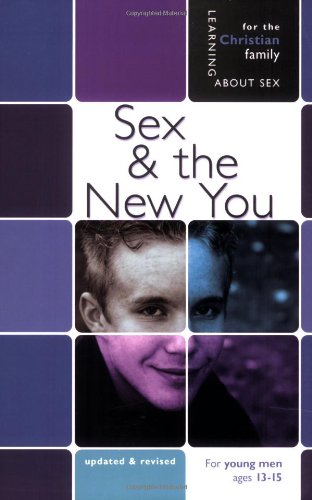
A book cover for Sex & the New You: For Young Men 13-15 (Learning about Sex); Rich Bimler; Teen & Young Adult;